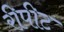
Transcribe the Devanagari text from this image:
रीपीट